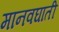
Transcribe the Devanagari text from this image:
मानवघाती